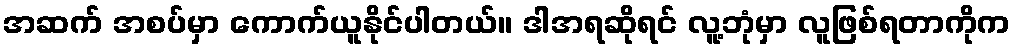
အဆက် အစပ်မှာ ကောက်ယူနိုင်ပါတယ်။ ဒါအရဆိုရင် လူ့ဘုံမှာ လူဖြစ်ရတာကိုက